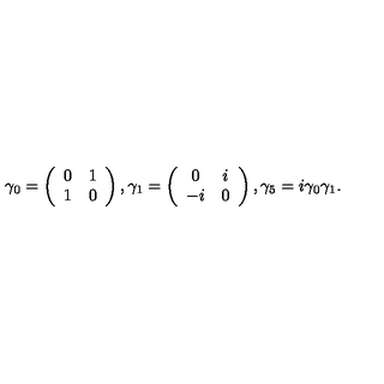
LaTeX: \gamma _ { 0 } = \left( \begin{array} { c c } { 0 } & { 1 } \\ { 1 } & { 0 } \\ \end{array} \right) , \gamma _ { 1 } = \left( \begin{array} { c c } { 0 } & { i } \\ { - i } & { 0 } \\ \end{array} \right) , \gamma _ { 5 } = i \gamma _ { 0 } \gamma _ { 1 } .